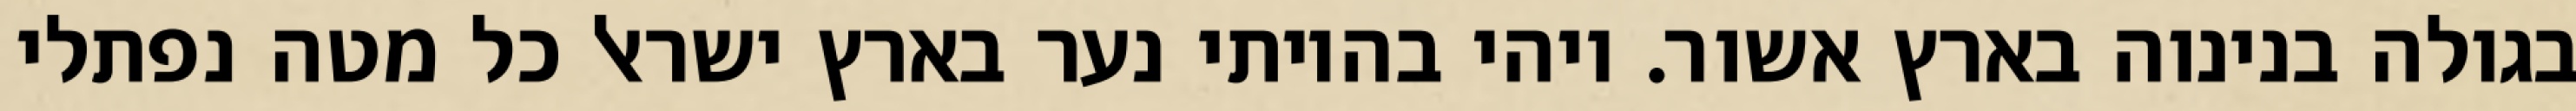
בגולה בנינוה בארץ אשור. ויהי בהיותי נער בארץ ישראל כל מטה נפתלי